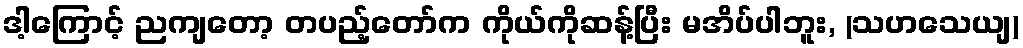
ဒါ့ကြောင့် ညကျတော့ တပည့်တော်က ကိုယ်ကိုဆန့်ပြီး မအိပ်ပါဘူး, (သဟသေယျ)